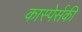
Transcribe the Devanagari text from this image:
कास्पेर्सकी